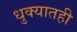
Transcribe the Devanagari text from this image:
धुक्यातही